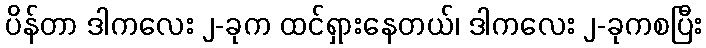
ပိန်တာ ဒါကလေး ၂-ခုက ထင်ရှားနေတယ်၊ ဒါကလေး ၂-ခုကစပြီး